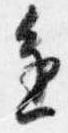
進